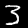
Label: 3